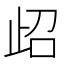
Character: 𱥁